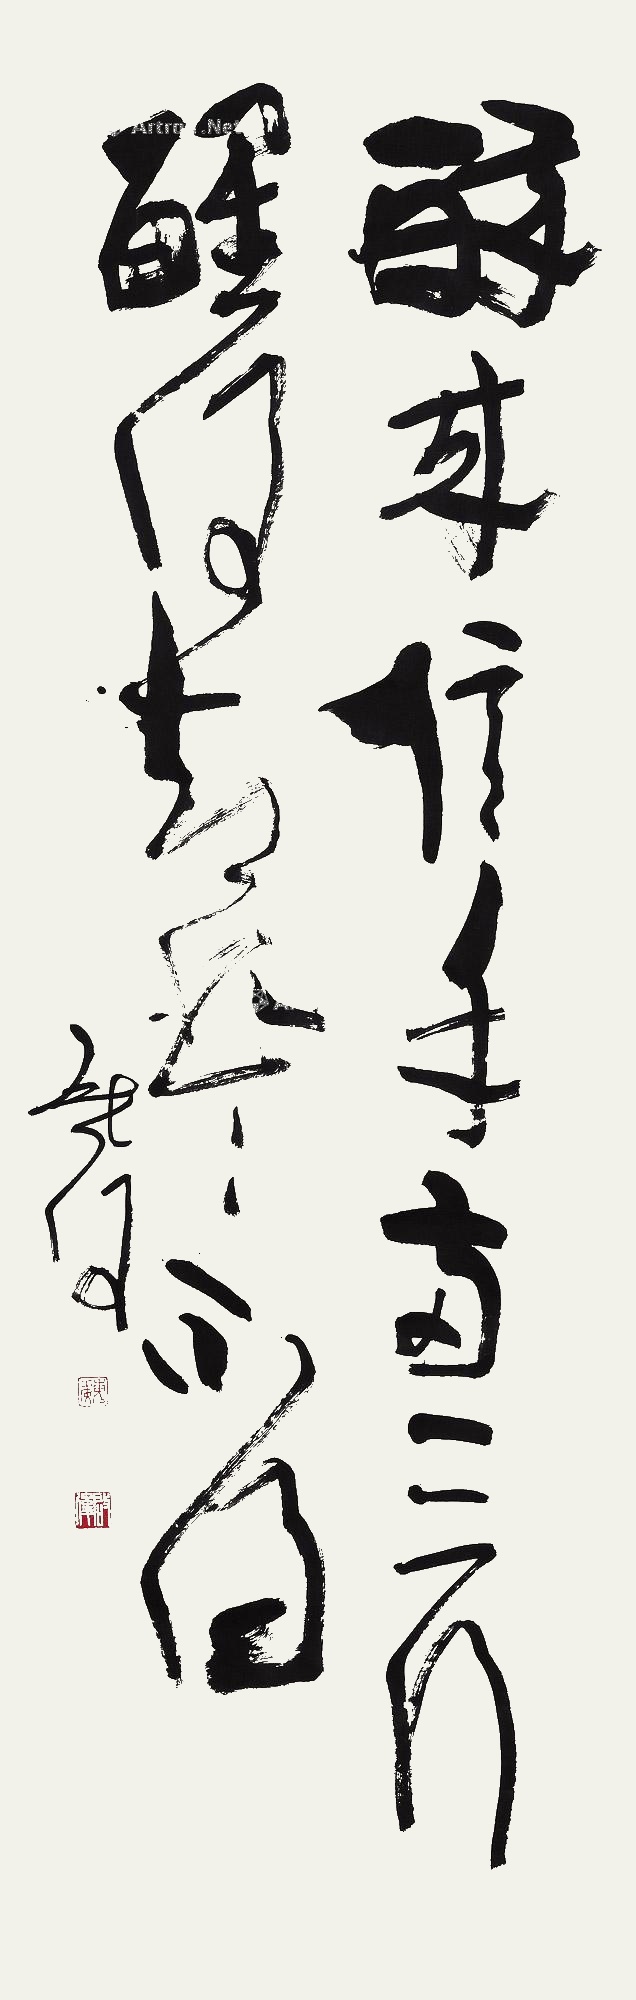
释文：醉来信手两三行，醒后却书书不得。启后。